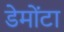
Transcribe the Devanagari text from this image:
डेमोंटा